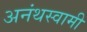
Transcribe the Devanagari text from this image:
अनंथस्वामी